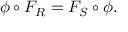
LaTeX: \phi \circ F _ { R } = F _ { S } \circ \phi .